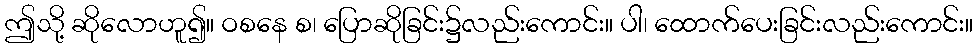
ဤသို့ ဆိုလောဟူ၍။ ဝစနေ စ၊ ပြောဆိုခြင်း၌လည်းကောင်း။ ပါ၊ ထောက်ပေးခြင်းလည်းကောင်း။